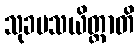
သုခမသယိတ္ထာတိ